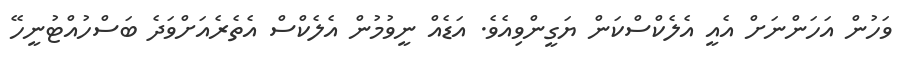
ވަހުން އަހަންނަށް އެއީ އެލެކްސްކަން ޔަގީންވިއެވެ. އަޑެއް ނީވުމުން އެލެކްސް އެތެރެއަށްވަދެ ބަސްހުއްޓުނީހޭ